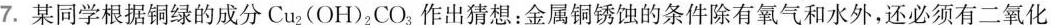
7.某同学根据铜绿的成分Cu_{2}(OH_{2})2CO_{3}作出猜想：金属铜锈蚀的条件除有氧气和水外，还必须有二氧化